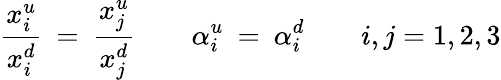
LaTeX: \frac{x_{i}^{u}}{x_{i}^{d}}\: =\: \frac{x_{j}^{u}}{x_{j}^{d}}\qquad\alpha_{i}^{u}\: =\: \alpha_{i}^{d}\quad\quad i,j=1,2,3